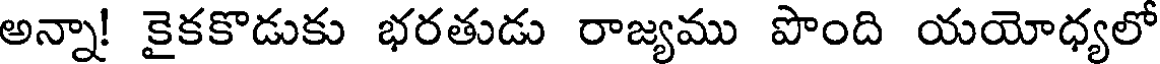
అన్నా! కైకకొడుకు భరతుడు రాజ్యము పొంది యయోధ్యలో